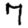
Digit: 7